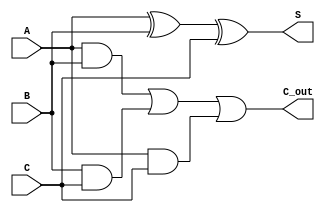
module CarrySaveAdder #(parameter n = 8) (
    input  [n-1:0] A,      // First input
    input  [n-1:0] B,      // Second input
    input  [n-1:0] C,      // Third input
    output [n-1:0] S,      // Sum output
    output [n-1:0] C_out    // Carry output
);
    
    // Generate Sum (S) using XOR operation
    assign S = A ^ B ^ C;

    // Generate Carry (C_out) using Majority logic (AND-OR)
    assign C_out = (A & B) | (B & C) | (A & C);

endmodule